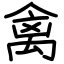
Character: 禽